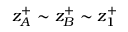
z _ { A } ^ { + } \sim z _ { B } ^ { + } \sim z _ { 1 } ^ { + }